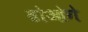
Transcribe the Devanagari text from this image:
ढोओगे